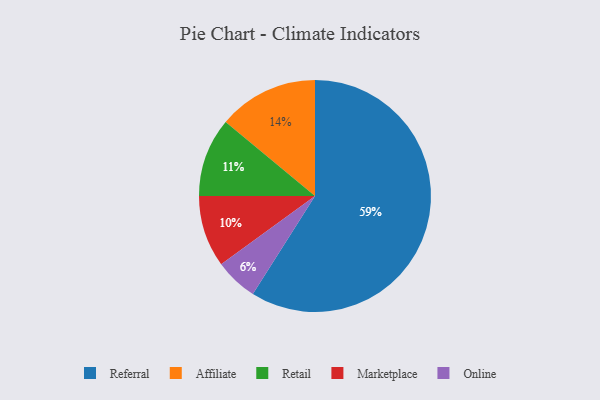
{"axis": {"x": "Category", "y": "Percentage"}, "legend": ["Affiliate", "Marketplace", "Online", "Referral", "Retail"], "data": [{"x": "Affiliate", "y": 14, "type": "Affiliate"}, {"x": "Referral", "y": 59, "type": "Referral"}, {"x": "Retail", "y": 11, "type": "Retail"}, {"x": "Marketplace", "y": 10, "type": "Marketplace"}, {"x": "Online", "y": 6, "type": "Online"}]}